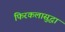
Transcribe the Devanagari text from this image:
फिरकलासुद्धा